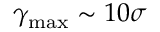
\gamma _ { \mathrm { m a x } } \sim 1 0 \sigma